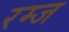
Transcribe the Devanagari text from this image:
रम्ज